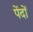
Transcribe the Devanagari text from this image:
पेंदों